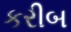
કરીબ